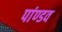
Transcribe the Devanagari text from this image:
पांण्‍डव